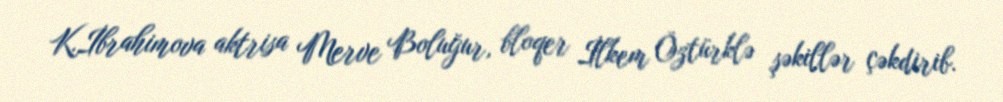
K.İbrahimova aktrisa Merve Boluğur, bloqer İlkem Öztürklə şəkillər çəkdirib.